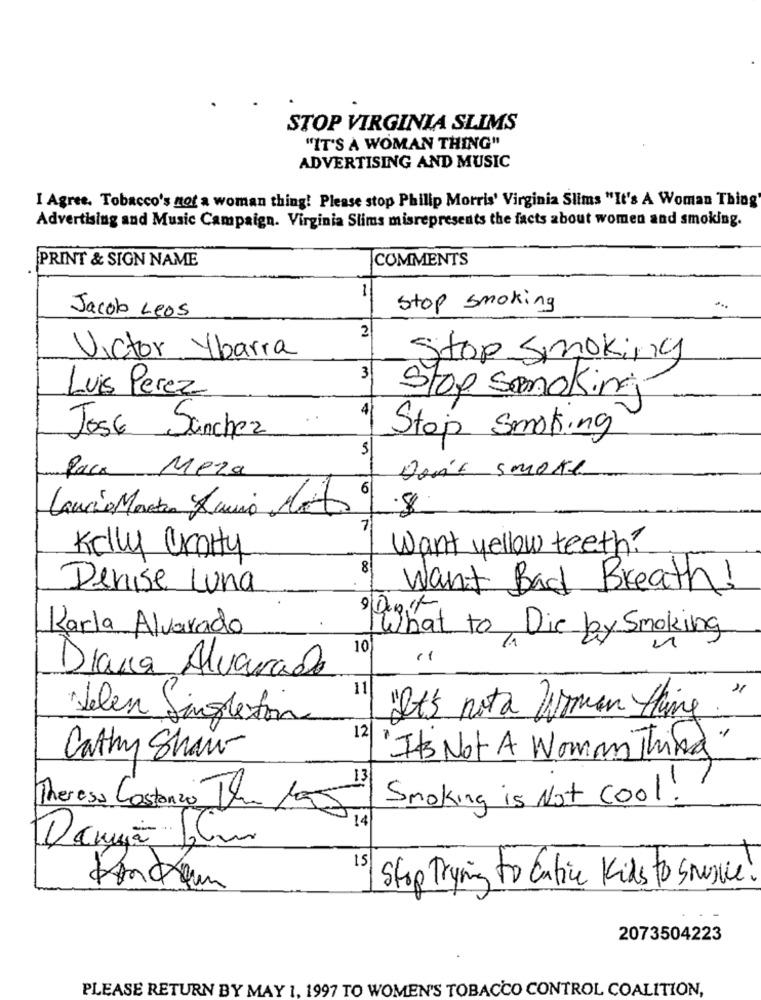
STOP VIRGINIA SLIMS
"IT'S A WOMAN THING"
ADVERTISING AND MUSIC
I Agree. Tobacco's not a woman thing! Please stop Philip Morris' Virginia Slims "It's A Woman Thing'
Advertising and Music Campaign. Virginia Slims misrepresents the facts about women and smoking.
PRINT & SIGN NAME
COMMENTS
1
stop smoking
Jacob Leos
2
Victor Ybarra
Stop Smoking
3
Luis Perez
Stop smoking
4
Stop Smoking
Jose Sanchez
5
Paca Meza
Don't smoke
Laurio Martin Amis Motos
7
Kelly Croity
want yellow teeth ?
8
Denise Luna
Want Bad Breath!
a
Karla Alvarado
What to, Die by Smoking
10
11
Diana Alvarado
11
·Lelen Sing
"It's not a Woman thing. "
Singleton
12
"It's Not A Womm Third"
Cathy Show
13
Theresa Costanzo Tema
Smoking is Not Cool!
14
Dança Klm
15
Stop Trying to Entice Kids to Sousce
2073504223
PLEASE RETURN BY MAY 1, 1997 TO WOMEN'S TOBACCO CONTROL COALITION,